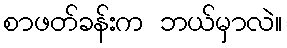
စာဖတ်ခန်းက ဘယ်မှာလဲ။